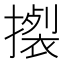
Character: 𢴴